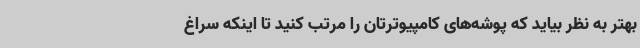
بهتر به نظر بیاید که پوشه‌های کامپیوترتان را مرتب کنید تا اینکه سراغ